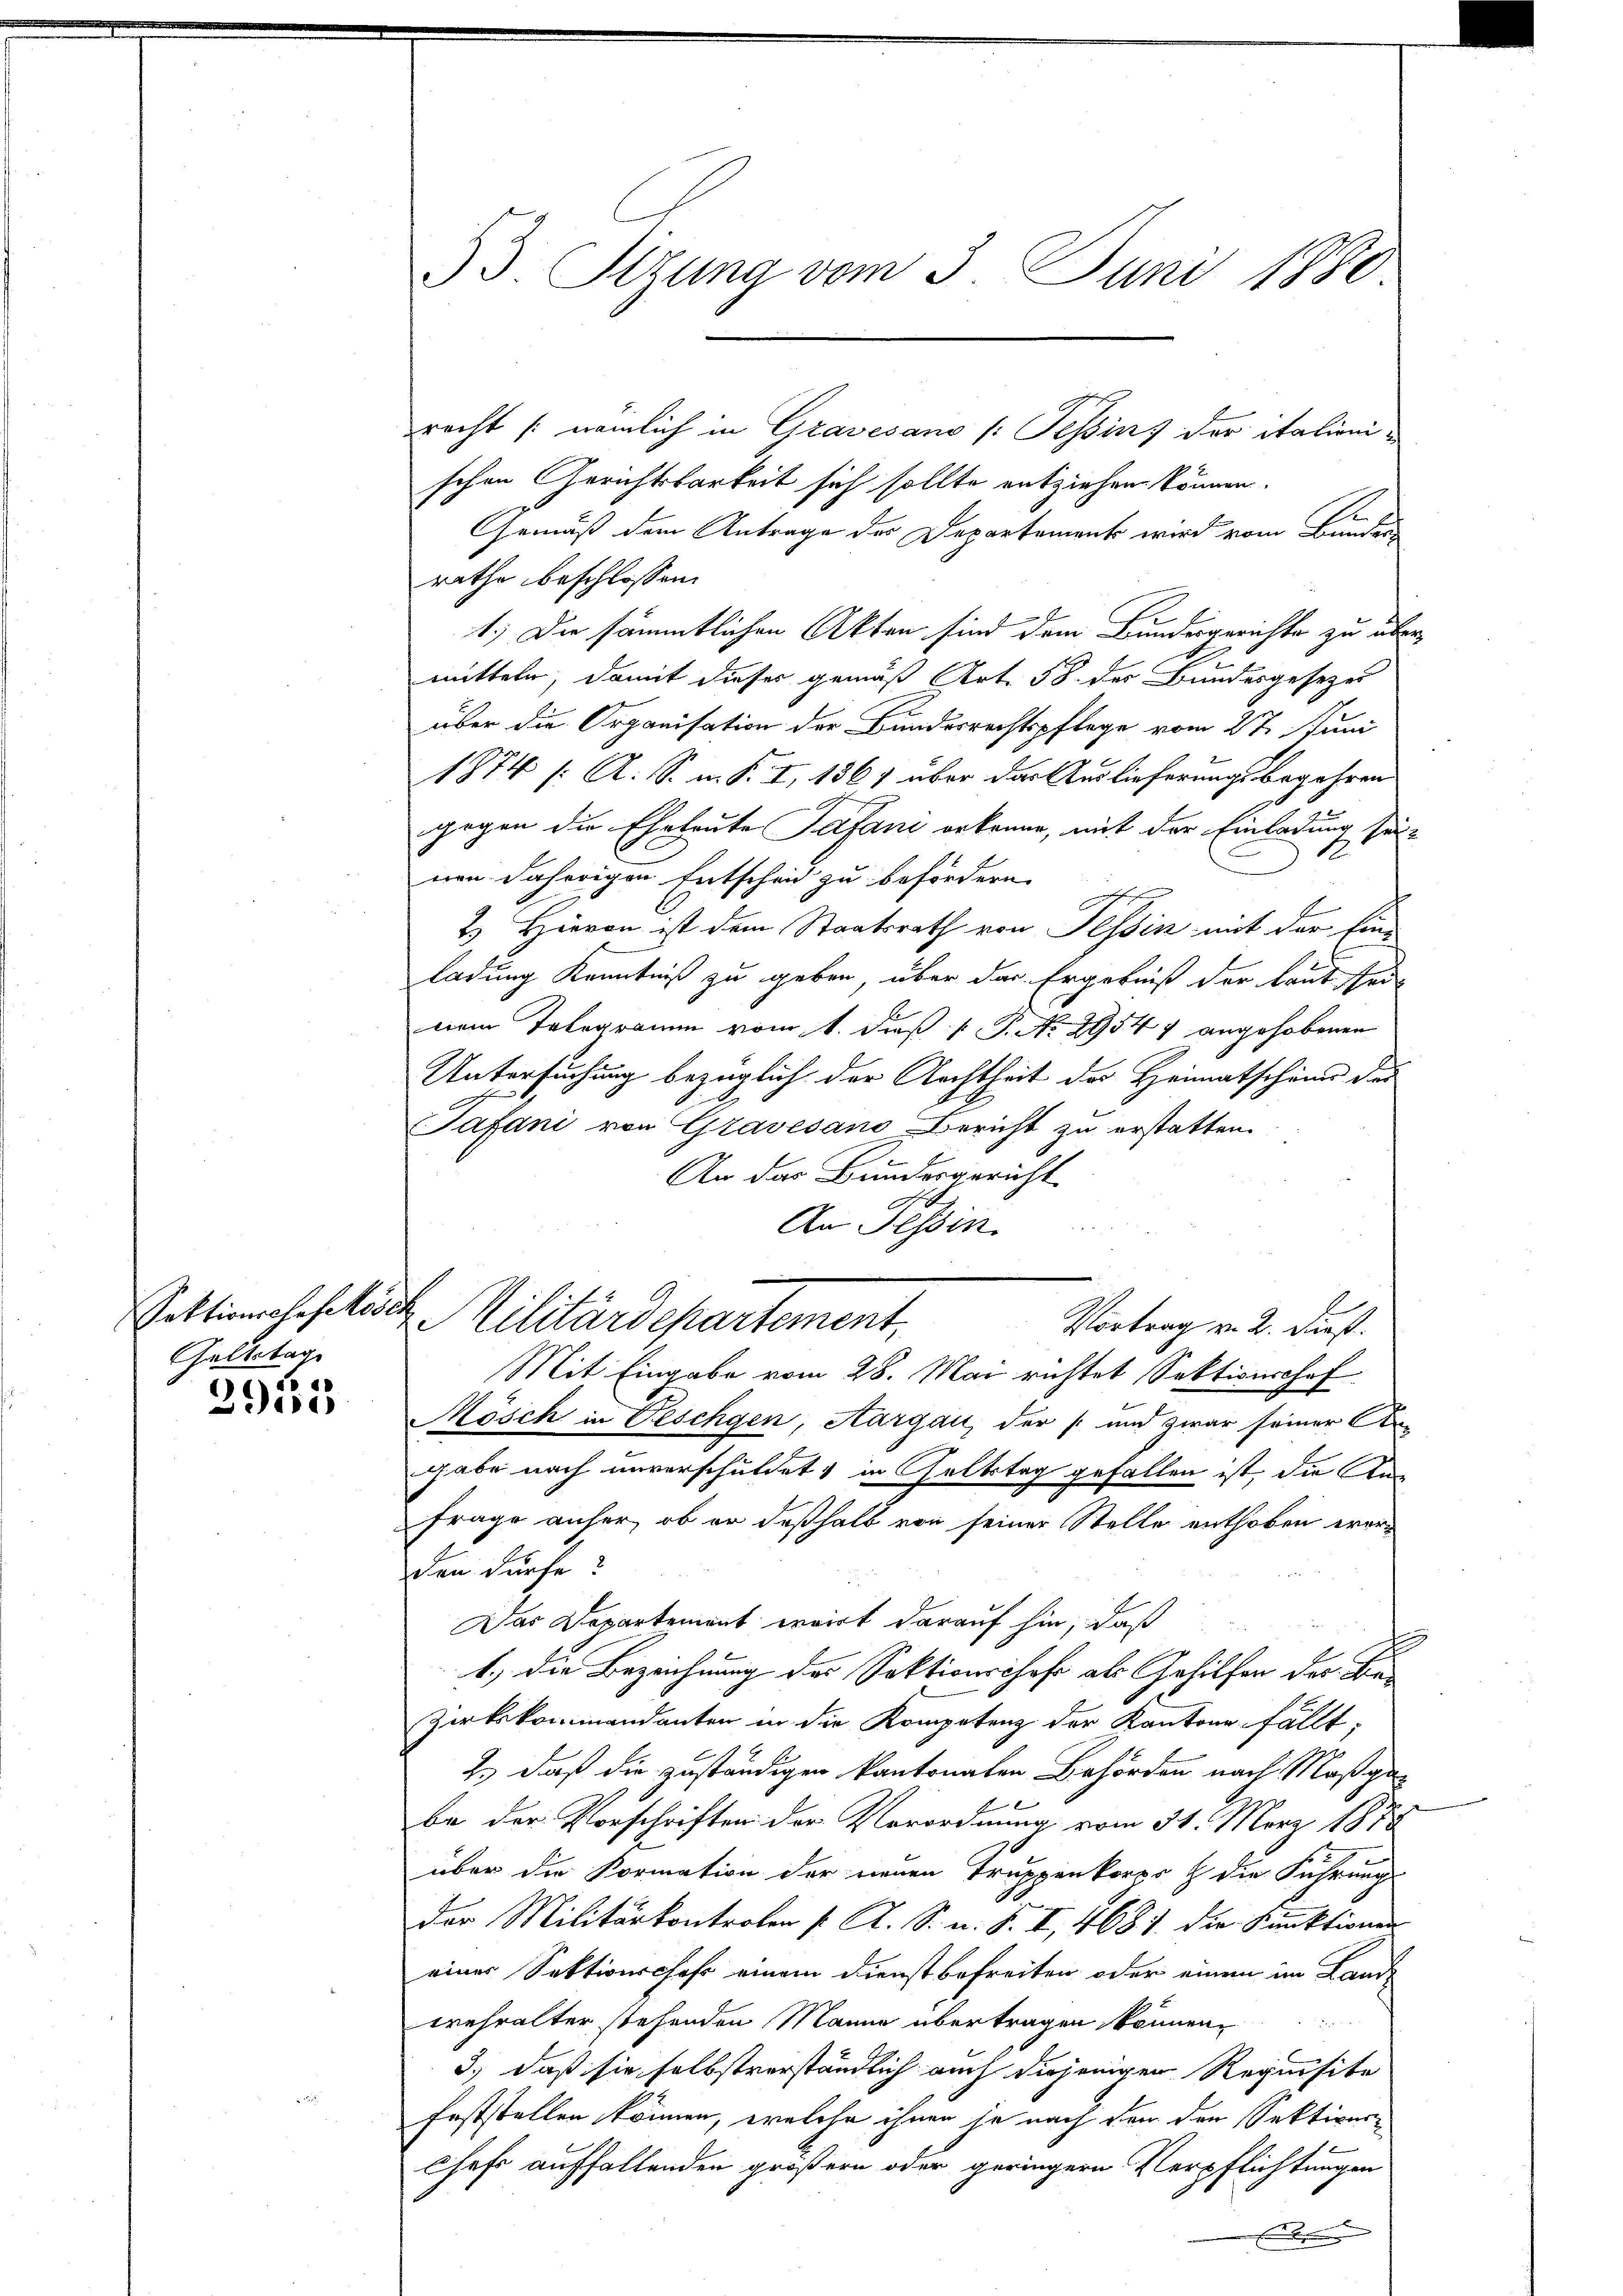
Geltstage

29155

93. Sizung vom 3. Juni 1880.

Sektionshofeköst. Militärdepartement,

recht (nämlich in Gravesano (: Tessins der italienischen Gerichtsbarkeit sich sollte entziehen können.
Gemäß dem Antrage der Departement wird vom Bunders
rathe beschlossen:
1.) Die sämmtlichen Akten sind dem Bundesgerichte zu übermitteln, damit dieser gemäß Art. 58. der Bundesgesezes
über die Organisation der Bundesrechtspflege vom 27. Juni
1874 /: A. S. m. S. I, 136) über das Auslieferungsbegehren
gegen die Eheleute Safani erkenne, mit der Einladung sei-
1
wen daherigen Entscheid zu befördern.
2
2) Hievon ist dem Staatsrath von Tessin mit der Eind
ladung Kenntniß zu geben, über das Ergebniß der laut seinem Telegramm vom 1. dieß P. No. 29547 angehobenen
Untersuchung bezüglich der Nachtheit der Heimatschend des
Tafani von Grasesano Bericht zu erstatten.
An das Bundesgericht
An Tessin
Vortrag v. 2. Durst.
Mit Eingabe vom 28. Mai richtet Sektionshof
Mösch in Beschgen, Aargau, der  und zwar seiner Angabe nach unverschuldet, in seltstag gefallen ist, die An¬
Frage anher, ob er deßhalb von seiner Stelle enthoben worden dürfe?
Das Departement erwirt darauf hin, daß
1.) die Bezeichnung des Sektionschaft als Gehilfen des Be-
Zirkskommandanten in die Kompetenz der Kantone fällt;
2.) daß die zuständigen kantonalen Behörden nach Maßgabe der Vorschriften der Verordnung vom 31. März 1878
über die Formation der neuen Truppenkorps & die Führung
der Militärkontrolen P. R. S. u. S. I, 468. die Punktionen
eines Sektionschaft einem Dienst befreiten oder einen im Land-
wehralter stehenden Manne übertragen können.
3.) daß sie selbstverständlich auch diejenigen Requisite
Feststellen können, welche ihnen je nach den den Sektivere
Chef auffallenden größern oder geringern Verpflichtungen
.